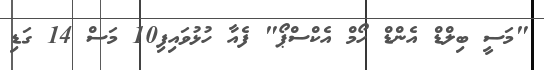
"މަސީ ބިލްޑް އެންޑް ހޯމް އެކްސްޕޯ" ފެއާ ހުޅުވައިފި10 މަސް 14 ގަޑި